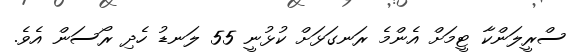
ސްރީލަންކާ ޓީމަށް އެންމެ ރަނގަޅަށް ކުޅުނީ 55 ލަނޑު ހެދި ރޯސަން އެވެ.